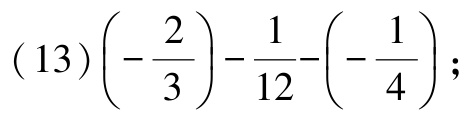
\((13)\left(-\dfrac{2}{3}\right)-\dfrac{1}{12}-\left(-\dfrac{1}{4}\right);\)